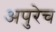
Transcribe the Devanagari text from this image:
अपुरेच